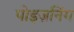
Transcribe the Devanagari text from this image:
पोइज़निंग